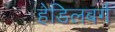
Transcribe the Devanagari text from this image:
हेडिलबर्ग